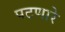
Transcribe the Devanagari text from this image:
पटणारे